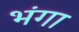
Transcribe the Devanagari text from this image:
भंगा